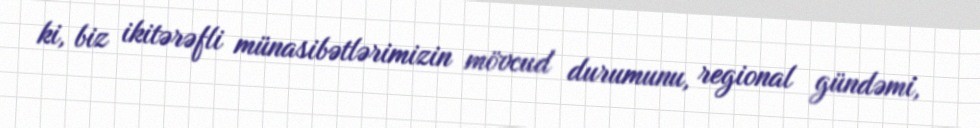
ki, biz ikitərəfli münasibətlərimizin mövcud durumunu, regional gündəmi,